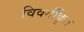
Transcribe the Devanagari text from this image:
विवर्गीकृत